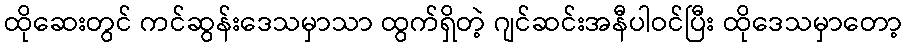
ထိုဆေးတွင် ကင်ဆွန်းဒေသမှာသာ ထွက်ရှိတဲ့ ဂျင်ဆင်းအနီပါဝင်ပြီး ထိုဒေသမှာတော့